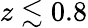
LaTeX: z\lesssim 0.8